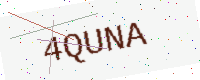
Text: 4QUNA